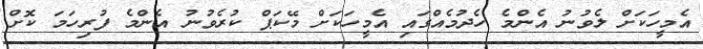
އެމީހަކަށް ލެވުނު އެންމެ ހެދުމެއްގައި އެމީހަކަށް މޭކަޕް ކުރެވުނު އެންމެ ފުރިހަމަ ކޮށް